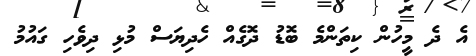
އެ ދެ މީހުން ކިތަންމެ ބޮޑު ދޮގެއް ހެދިޔަސް މުޅި ދިވެހި ގައުމު